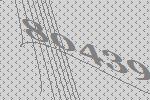
80439